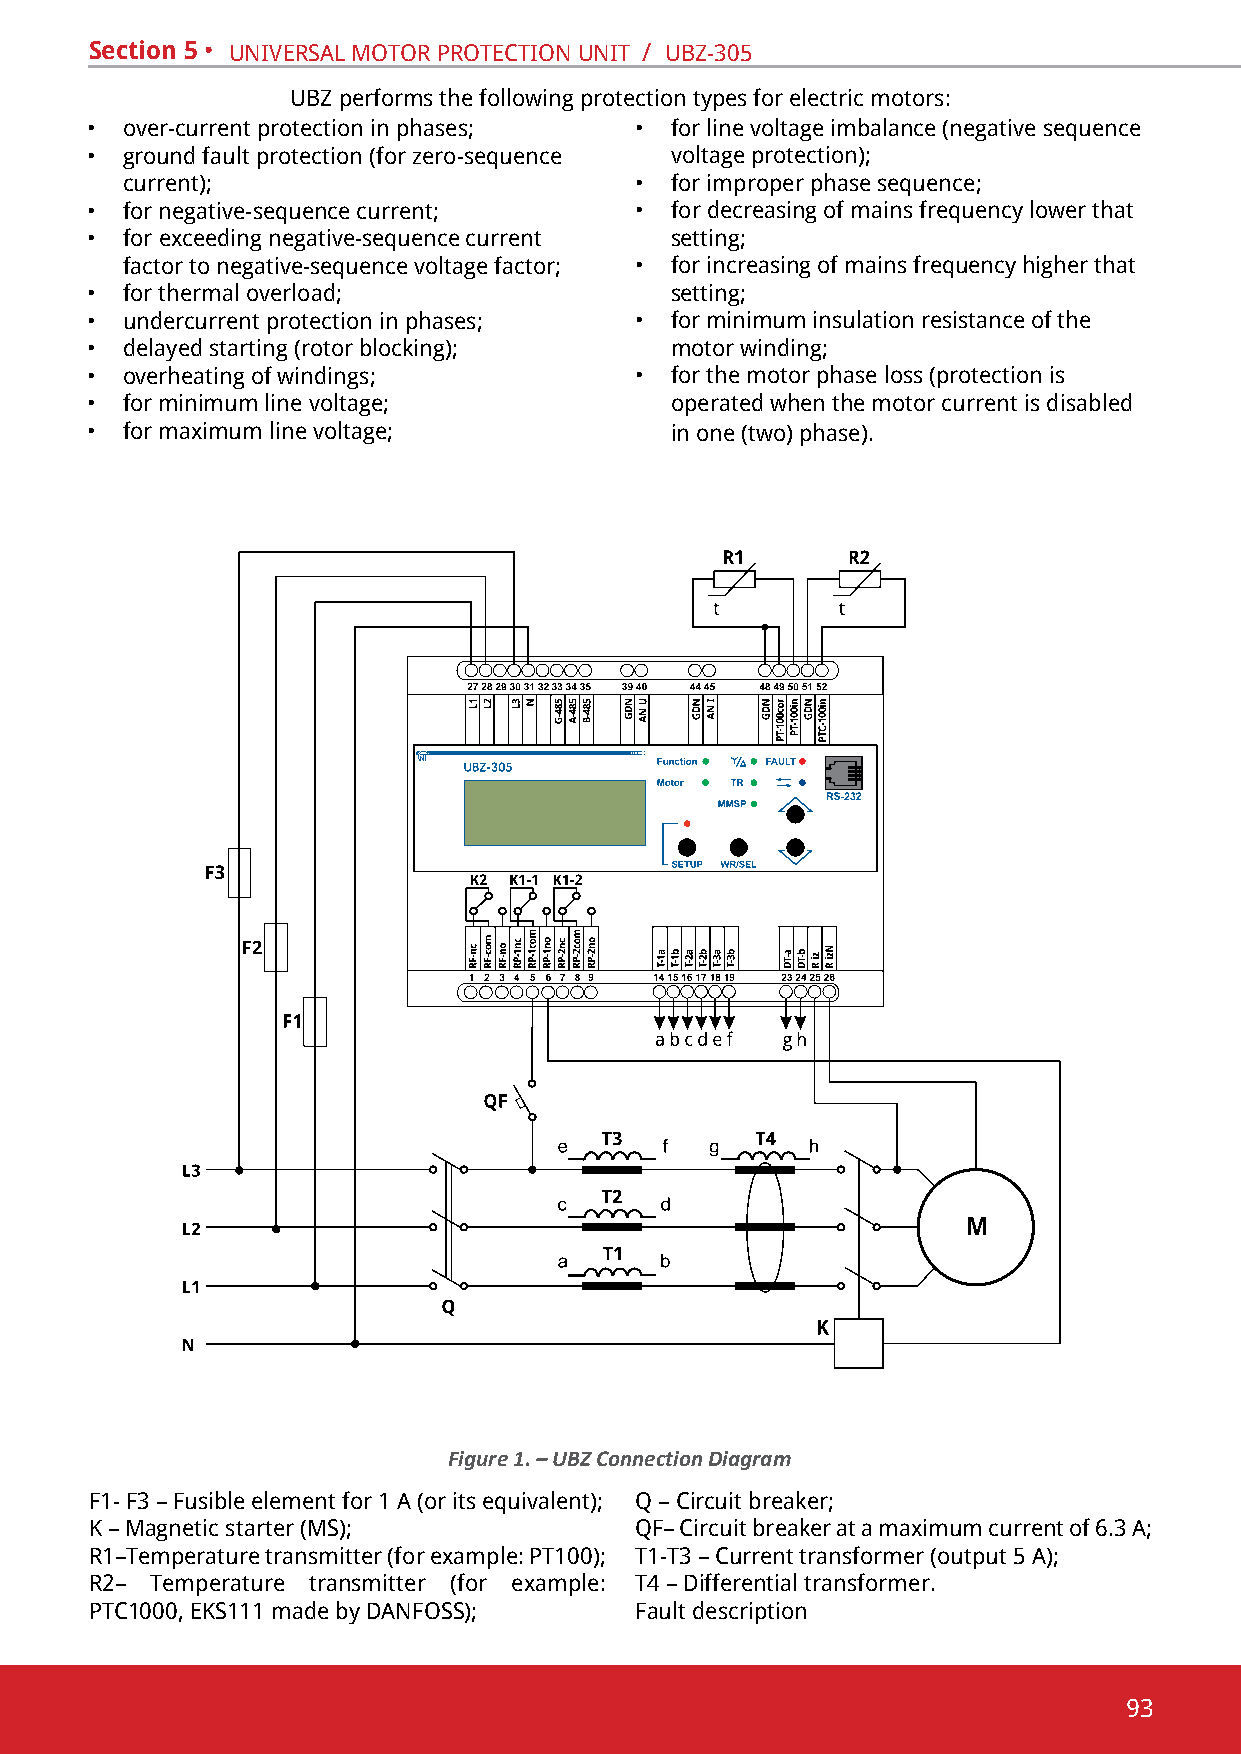
Section 5 • univeRsal motoR pRotection unit / ubZ-305
 ubZ performs the following protection types for electric motors:
 • over-current protection in phases; • for line voltage imbalance (negative sequence
 • ground fault protection (for zero-sequence voltage protection);
 current);                         • for improper phase sequence;
 • for negative-sequence current;    • for decreasing of mains frequency lower that
 • for exceeding negative-sequence current setting;
 factor to negative-sequence voltage factor; • for increasing of mains frequency higher that
 • for thermal overload;               setting;
 • undercurrent protection in phases; • for minimum insulation resistance of the
 • delayed starting (rotor blocking);  motor winding;
 • overheating of windings;          • for the motor phase loss (protection is
 • for minimum line voltage;           operated when the motor current is disabled
 • for maximum line voltage;           in one (two) phase).
 Figure 1. – UBZ Connection Diagram
 F1- F3 – Fusible element for 1 А (or its equivalent); Q – circuit breaker;
 K – magnetic starter (ms);          QF– Circuit breaker at a maximum current of 6.3 A;
 R1–Temperature transmitter (for example: PT100); t1-t3 – current transformer (output 5 a);
 R2– Temperature transmitter (for example: t4 – differential transformer.
 ptc1000, eKs111 made by danfoss);   fault description
 93